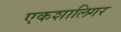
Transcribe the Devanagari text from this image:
एकशालिगर